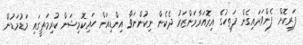
ފަރިކޮށް ފެންވަރައިގެން ފަތިހުގެ އިރޮއަރާމަންޒަރު ދެކެން ނިކުންނަވާ އިންޑިއަން ހައިކޮމިޝަން ކުރިމަތީގައި މަޑުމަޑުން